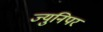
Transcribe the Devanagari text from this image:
ज्युनिपर